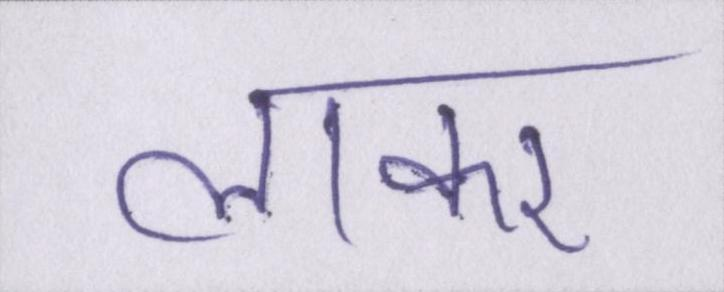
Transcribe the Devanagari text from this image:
लाकर